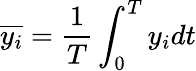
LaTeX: \overline{{y_{i}}}=\frac{1}{T}\int_{0}^{T}y_{i}dt